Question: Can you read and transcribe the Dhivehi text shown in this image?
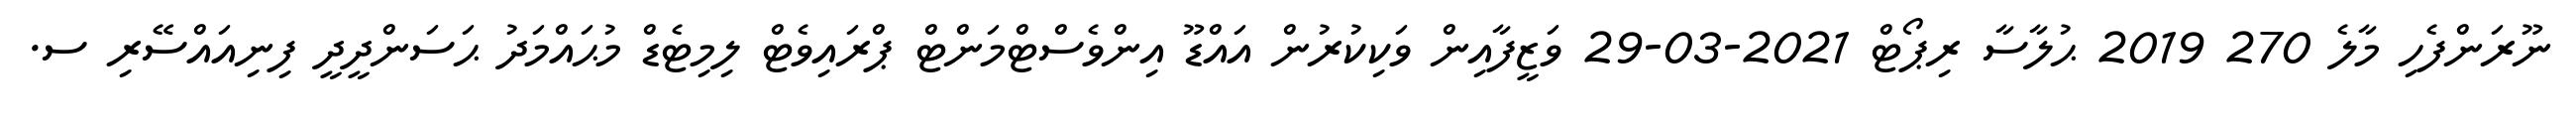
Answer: ނޫރަންފެހި މާލެ 270 2019 ޙުލާސާ ރިޕޯޓް 2021-03-29 ވަޒީފާއިން ވަކިކުރުން އައްޑޫ އިންވެސްޓްމަންޓް ޕްރައިވެޓް ލިމިޓެޑް މުޙައްމަދު ޙަސަންދީދީ ފިނިއައްސޭރި ސ.